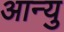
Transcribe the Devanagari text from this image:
आन्यु